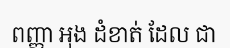
ពញ្ញា អុង ដំខាត់ ដែល ជា